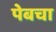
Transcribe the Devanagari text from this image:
पेबचा